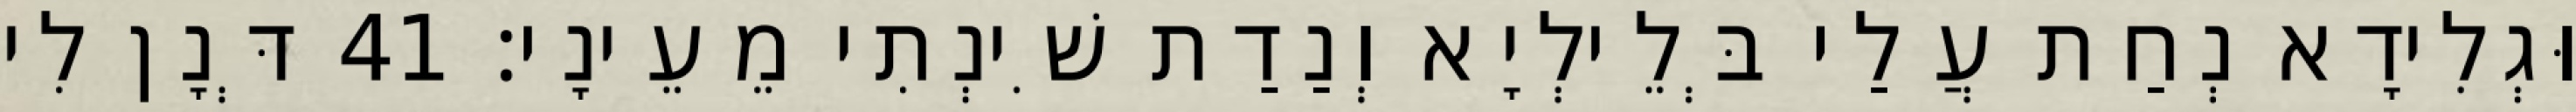
וּגְלִידָא נְחַת עֲלַי בְּלֵילְיָא וְנַדַת שִׁינְתִי מֵעֵינָי׃ 41 דְּנָן לִי